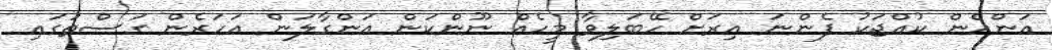
އަންހެން ކުއްޖަކު ފެންނަ އިރަށް ހޭބަލިވާ މީހެއް ނޫންކަން އަންގާލަން އަހަރެން ގަސްތުގައި